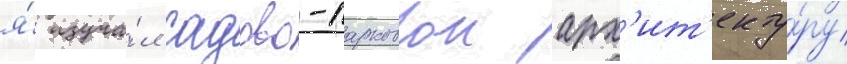
я́ изуча́л садово-парковои арх'ит'екту́ру